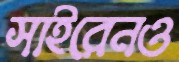
সাইরেনও